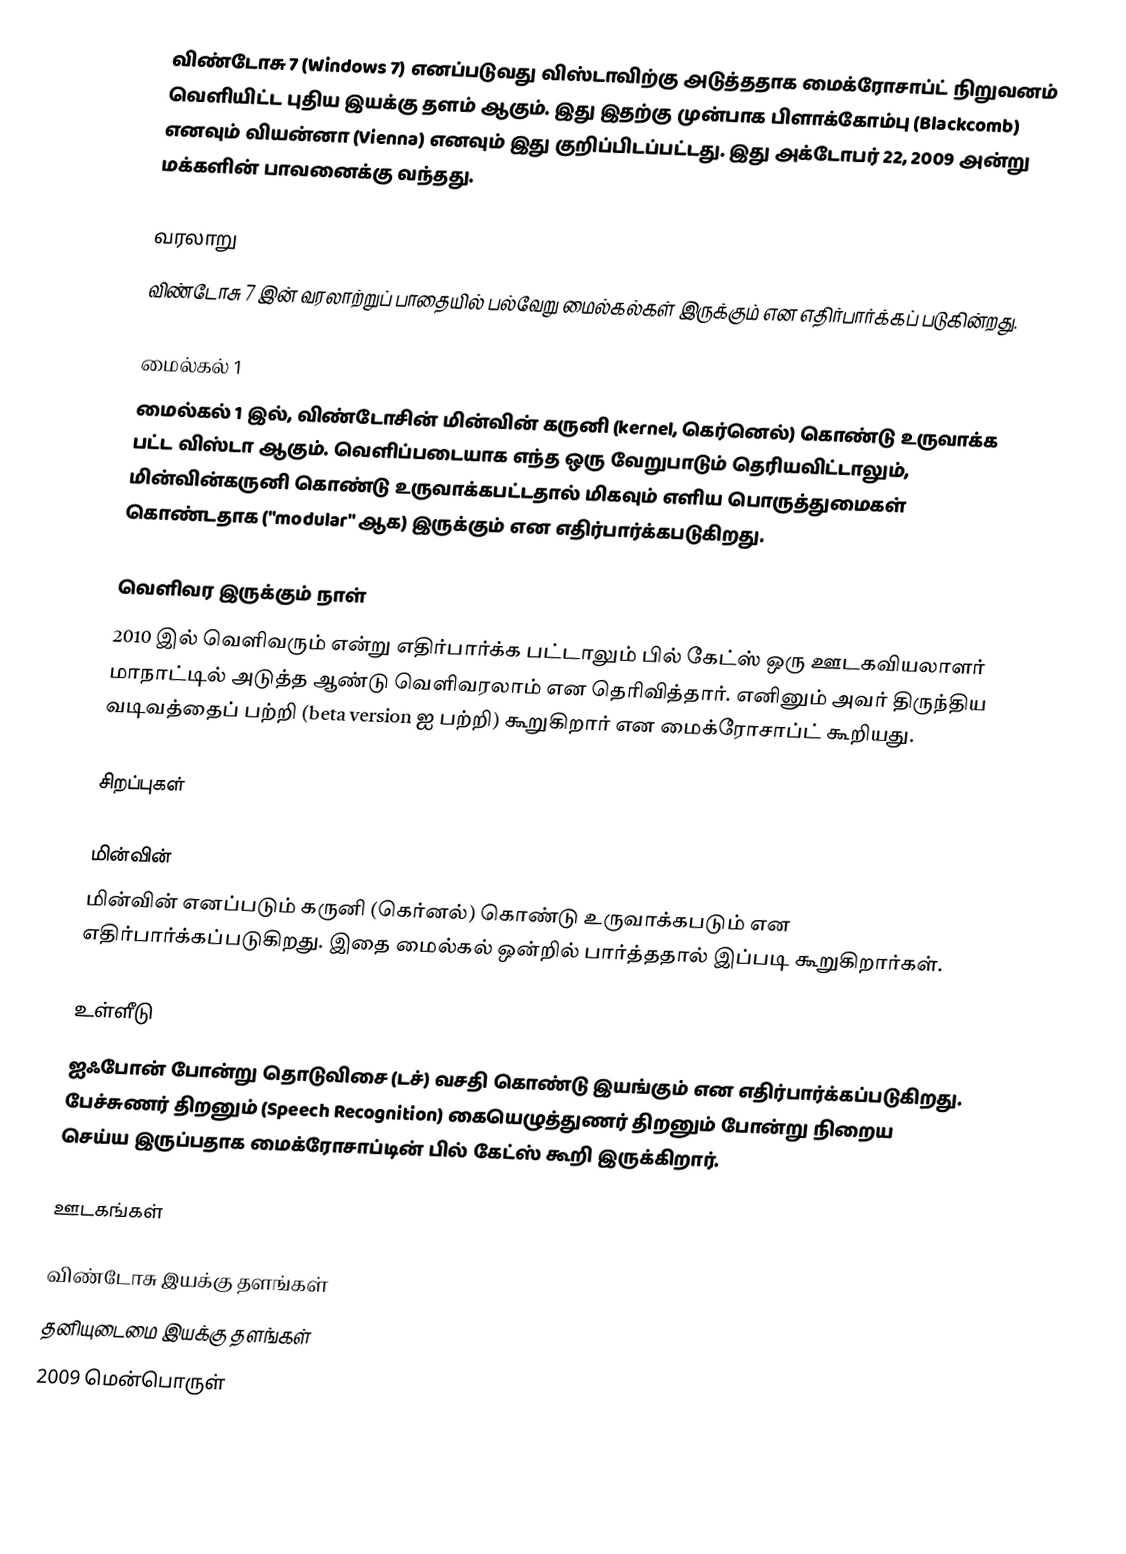
விண்டோசு 7 (Windows 7) எனப்படுவது விஸ்டாவிற்கு அடுத்ததாக மைக்ரோசாப்ட் நிறுவனம் வெளியிட்ட புதிய இயக்கு தளம் ஆகும். இது இதற்கு முன்பாக  பிளாக்கோம்பு (Blackcomb) எனவும் வியன்னா (Vienna) எனவும் இது குறிப்பிடப்பட்டது. இது அக்டோபர் 22, 2009 அன்று மக்களின் பாவனைக்கு வந்தது.

வரலாறு
விண்டோசு 7 இன் வரலாற்றுப் பாதையில் பல்வேறு மைல்கல்கள் இருக்கும் என எதிர்பார்க்கப் படுகின்றது.

மைல்கல் 1
மைல்கல் 1 இல்,  விண்டோசின் மின்வின் கருனி (kernel, கெர்னெல்) கொண்டு உருவாக்க பட்ட விஸ்டா ஆகும். வெளிப்படையாக எந்த ஒரு வேறுபாடும் தெரியவிட்டாலும், மின்வின்கருனி கொண்டு உருவாக்கபட்டதால் மிகவும் எளிய பொருத்துமைகள் கொண்டதாக ("modular" ஆக) இருக்கும் என எதிர்பார்க்கபடுகிறது.

வெளிவர இருக்கும் நாள்
2010 இல் வெளிவரும் என்று எதிர்பார்க்க பட்டாலும் பில் கேட்ஸ் ஒரு ஊடகவியலாளர் மாநாட்டில் அடுத்த ஆண்டு வெளிவரலாம் என தெரிவித்தார். எனினும் அவர் திருந்திய வடிவத்தைப் பற்றி (beta version ஐ பற்றி) கூறுகிறார் என மைக்ரோசாப்ட் கூறியது.

சிறப்புகள்

மின்வின்
மின்வின் எனப்படும் கருனி (கெர்னல்) கொண்டு உருவாக்கபடும் என எதிர்பார்க்கப்படுகிறது. இதை மைல்கல் ஒன்றில் பார்த்ததால் இப்படி கூறுகிறார்கள்.

உள்ளீடு
ஐஃபோன் போன்று தொடுவிசை (டச்)  வசதி கொண்டு இயங்கும் என எதிர்பார்க்கப்படுகிறது. பேச்சுணர் திறனும் (Speech Recognition)  கையெழுத்துணர் திறனும்  போன்று நிறைய செய்ய இருப்பதாக மைக்ரோசாப்டின் பில் கேட்ஸ் கூறி இருக்கிறார்.

ஊடகங்கள்

விண்டோசு இயக்கு தளங்கள்
தனியுடைமை இயக்கு தளங்கள்
2009 மென்பொருள்